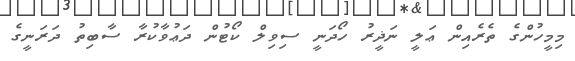
މިމީހުންގެ ތެރެއިން ޢަލީ ނަޛީރު ހޯދަނީ ސިވިލް ކޯޓުން ދަޢުވާކުރާ ސާބިތު ދަރަނީގެ